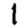
Digit: 1